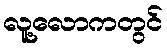
လူ့လောကတွင်